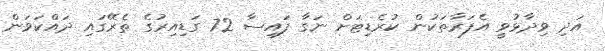
އަދި ވިދާޅުވީ އެފަރާތަކުން ކުރެޑިޓަށް ނަގާ ފައިސާ 72 ގަޑިއިރުގެ ތެރޭގައި ދައްކަވަން